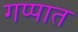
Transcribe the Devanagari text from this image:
गप्पात